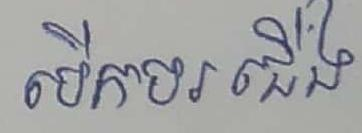
បើកបរជើង